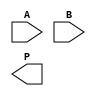
module array_multiplier #(parameter N = 4, // Bit-width of multiplicand
                          parameter M = 4) // Bit-width of multiplier
(
    input  wire [N-1:0] A, // Multiplicand
    input  wire [M-1:0] B, // Multiplier
    output wire [N+M-1:0] P // Product
);

// Intermediate signals for partial products
wire [N-1:0] pp[M-1:0]; // Partial products

// Generate partial products using AND gates
genvar i, j;
generate
    for (i = 0; i < M; i = i + 1) begin : gen_partial_products
        assign pp[i] = A & {N{B[i]}}; // Generate partial product for each bit of B
    end
endgenerate

// Align partial products for addition
wire [N+M-1:0] shifted_pp[M-1:0];
generate
    for (j = 0; j < M; j = j + 1) begin : align_partial_products
        assign shifted_pp[j] = {pp[j], j}; // Shift each partial product
    end
endgenerate

// Sum the partial products
wire [N+M-1:0] sum01, sum02, sum03, sum04;

// First stage of addition (two at a time)
assign sum01 = shifted_pp[0] + shifted_pp[1];
assign sum02 = shifted_pp[2] + shifted_pp[3];

// Second stage of addition
wire [N+M-1:0] sum_stage1;
assign sum_stage1 = sum01 + sum02;

// Final stage of addition
assign P = sum_stage1 + shifted_pp[4]; // Add remaining partial products if M > 4

endmodule